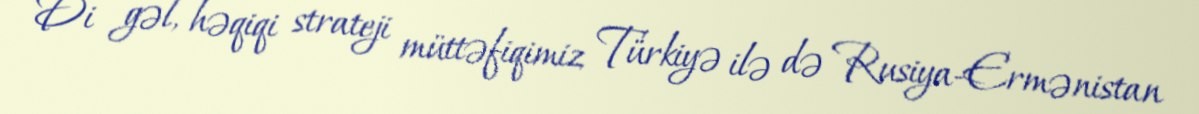
Di gəl, həqiqi strateji müttəfiqimiz Türkiyə ilə də Rusiya-Ermənistan